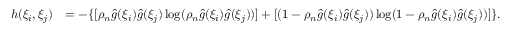
\begin{array} { r l } { h ( \xi _ { i } , \xi _ { j } ) } & { = - \{ [ { \rho } _ { n } \hat { g } ( \xi _ { i } ) \hat { g } ( \xi _ { j } ) \log ( { \rho } _ { n } \hat { g } ( \xi _ { i } ) \hat { g } ( \xi _ { j } ) ) ] + [ ( 1 - { \rho } _ { n } \hat { g } ( \xi _ { i } ) \hat { g } ( \xi _ { j } ) ) \log ( 1 - { \rho } _ { n } \hat { g } ( \xi _ { i } ) \hat { g } ( \xi _ { j } ) ) ] \} . } \end{array}